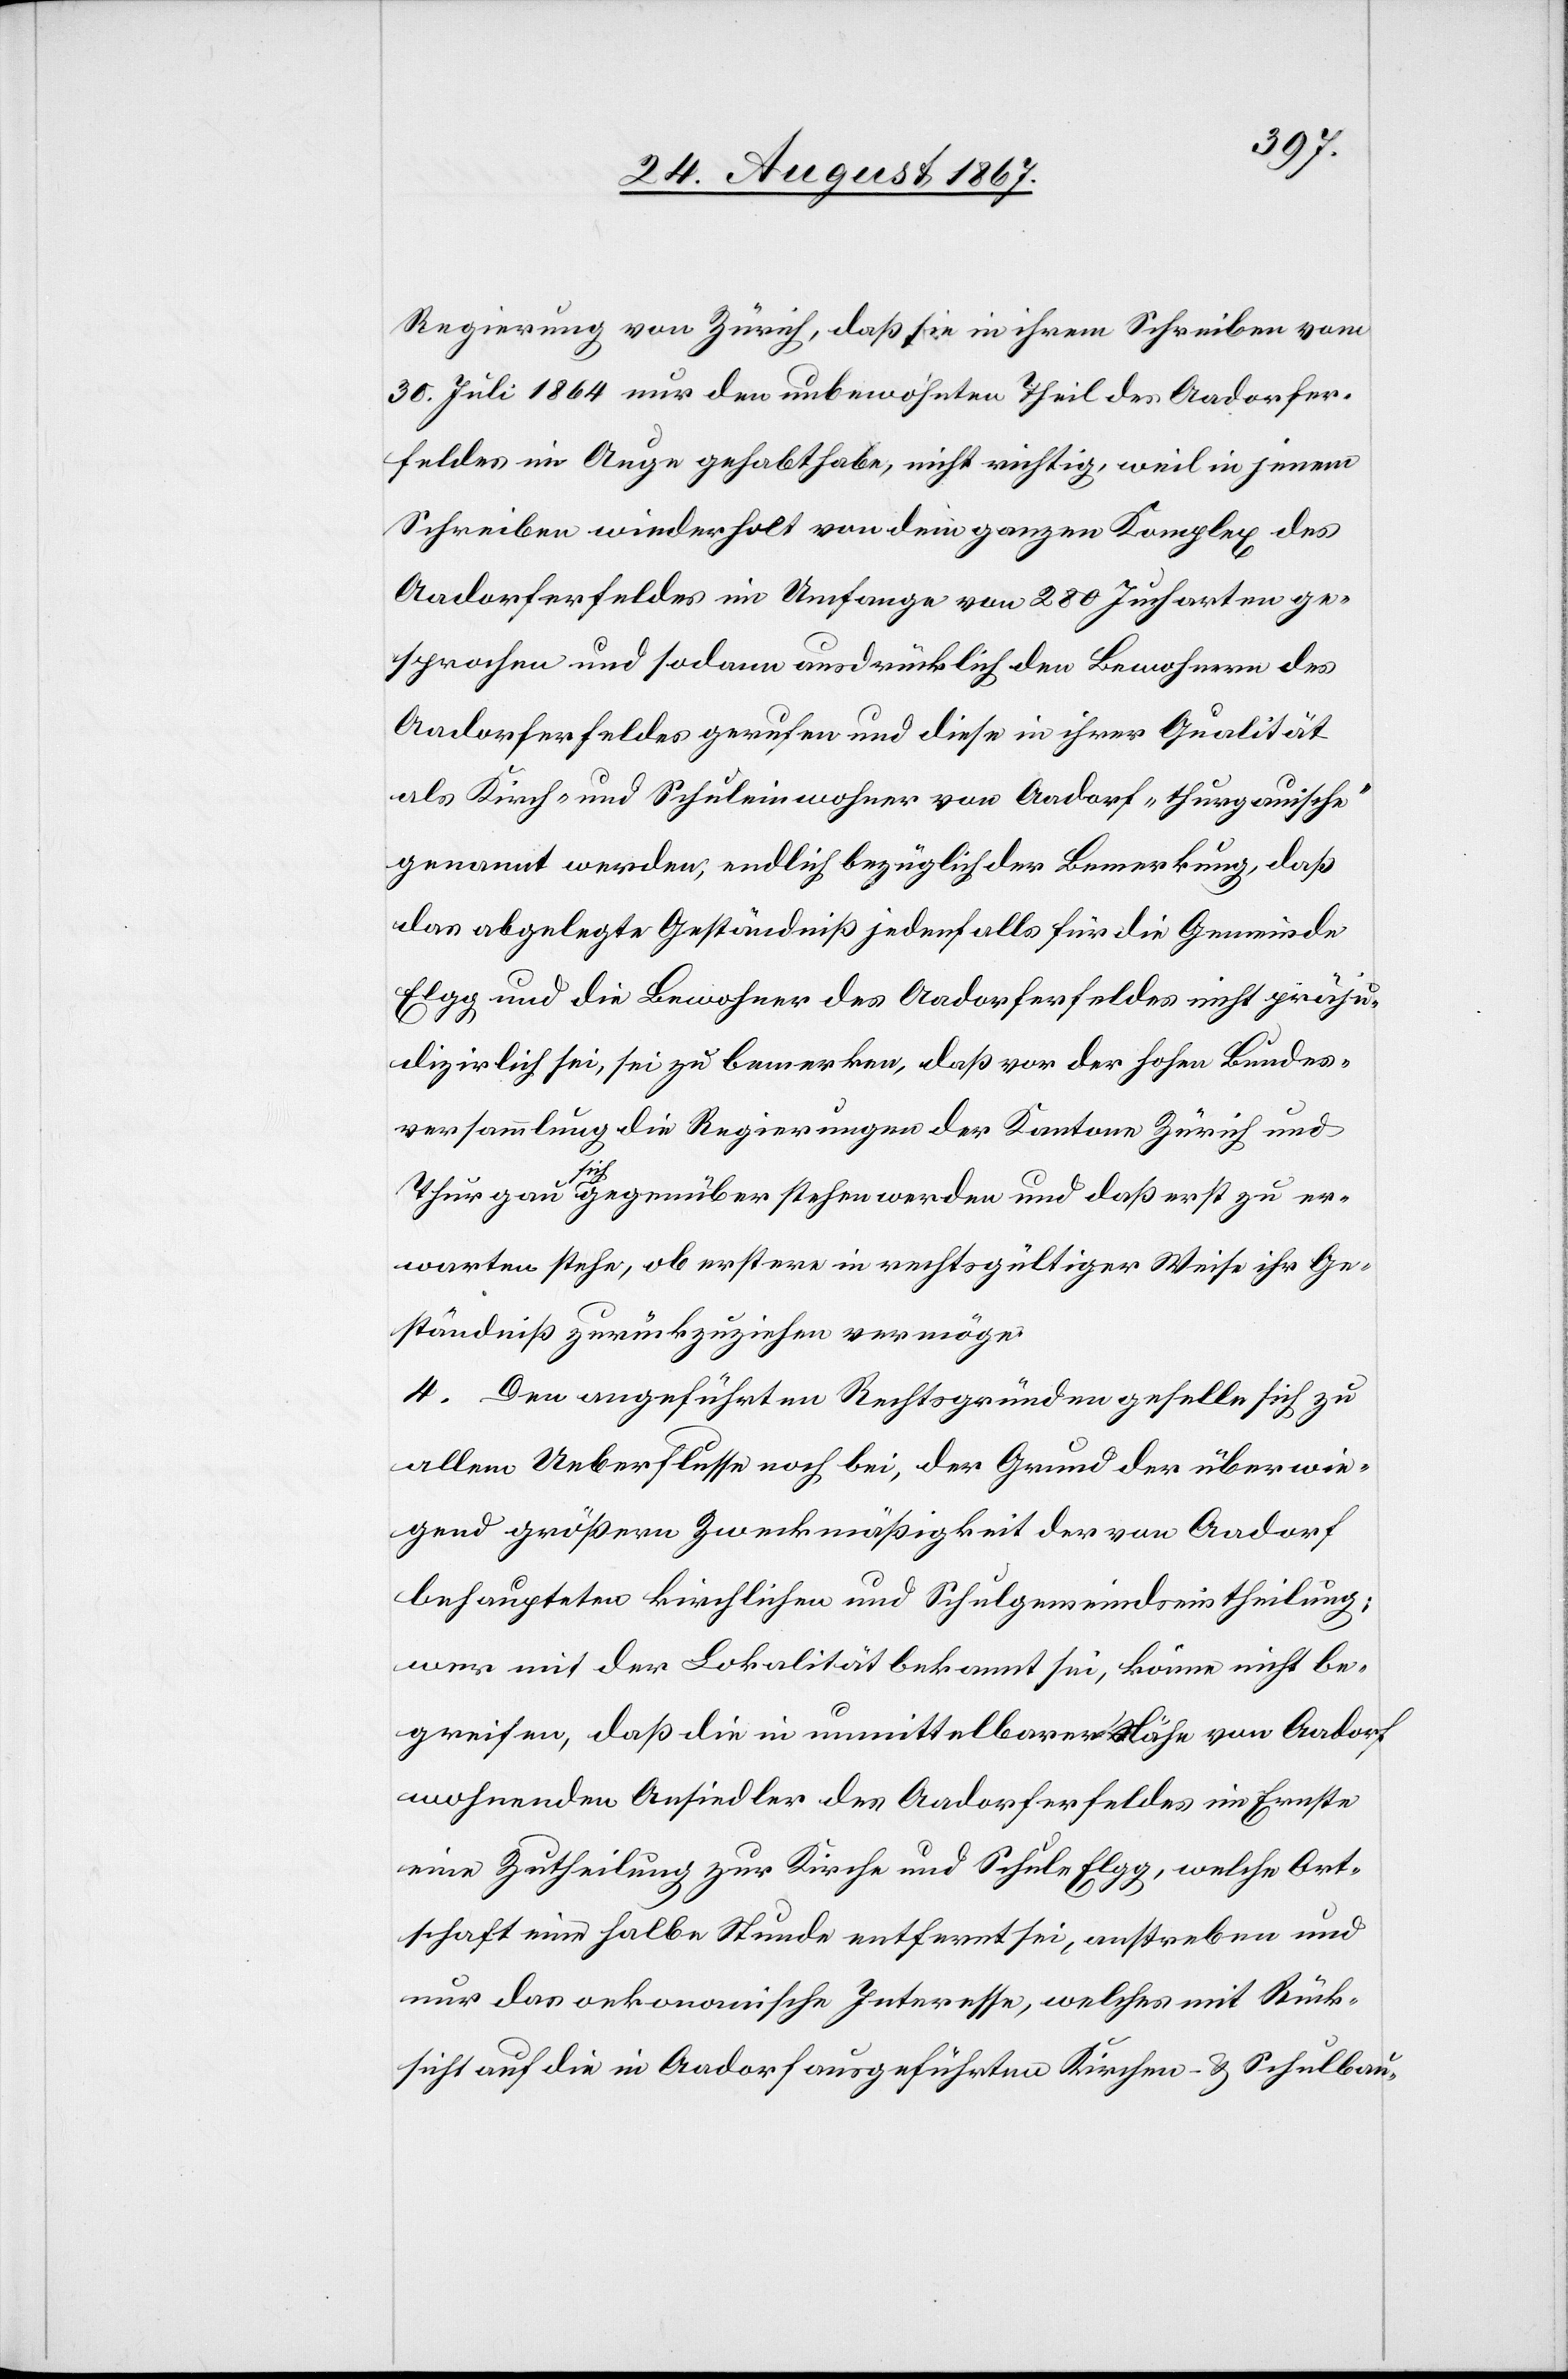
Regierung von Zürich, daß sie in ihrem Schreiben vom
30. Juli 1764 nur den unbewohnten Theil des Aadorfer¬
feldes im Auge gehabt habe, nicht richtig, weil in jenem
Schreiben wiederholt von dem ganzen Komplex des
Aadorferfeldes im Umfange von 280 Jucharten ge¬
sprochen und sodann ausdrücklich den Bewohnern des
Aadorferfeldes gerufen und diese in ihrer Qualität
als Kirch- und Schuleinwohner von Aadorf „thurgauisch“
genannt werden, endlich bezüglich der Bemerkung, daß
das abgelegte Geständniß jedenfalls für die Gemeinde
Elgg und die Bewohner des Aadorferfeldes nicht präju¬
dizirlich sei, sei zu bemerken, daß vor der hohen Bundes¬
versammlung die Regierungen der Kantone Zürich und
Thurgau gegenüberstehen werden und daß erst zu er¬
warten stehe, ob erstere in rechtsgültiger Weise ihr Ge¬
ständniß zurückzuziehen vermöge.
4. Den angeführten Rechtsgründen geselle sich zu
allem Ueberflusse noch bei, der Grund der überwie¬
gend größern Zweckmäßigkeit der von Aadorf
behaupteten kirchlichen und Schulgemeindseintheilung;
wer mit der Lokalität bekannt sei, könne nicht be¬
greifen, daß die in unmittelbarer Nähe von Aadorf
wohnenden Ansiedler des Aadorferfeldes im Ernste
eine Zutheilung zur Kirche und Schule Elgg, welche Ort¬
schaft eine halbe Stunde entfernt sei, anstreben und
nur das oekonomische Interesse, welches mit Rück¬
sicht auf die in Aadorf ausgeführten Kirchen- und Schulbau-